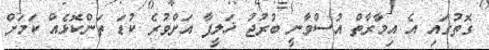
ގޮތުގައި އެ އިމާރާތް އުސްވާނީ ބުރުޖު ޚަލީފާ އަށްވުރެ ކުޑަ ތަންކޮޅެއް ކަމަށް